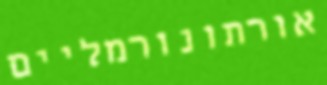
אורתונורמליים